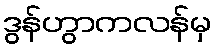
ဒွန်ဟွာကလန်မှ